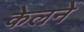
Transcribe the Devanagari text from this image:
केलने